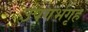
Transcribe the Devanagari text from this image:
उपगर्भगृह